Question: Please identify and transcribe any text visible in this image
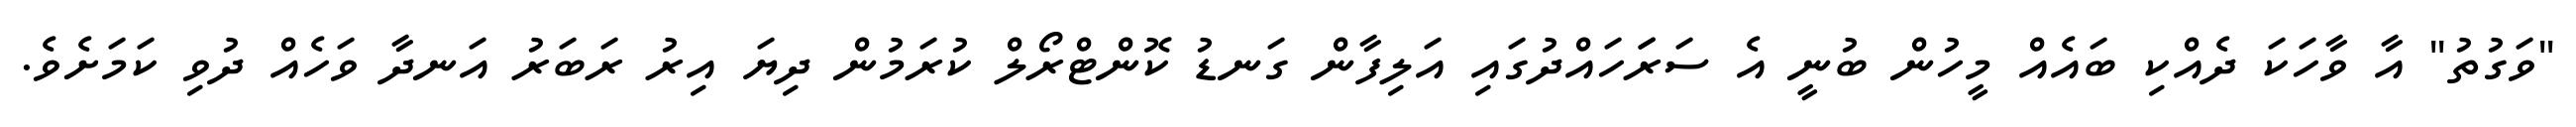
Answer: "ވަގުތު" އާ ވާހަކަ ދެއްކި ބައެއް މީހުން ބުނީ އެ ސަރަަހައްދުގައި އަލިފާން ގަނޑު ކޮންޓްރޯލް ކުރަމުން ދިޔަ އިރު ރަބަރު އަނދާ ވަހެއް ދުވި ކަމަށެވެ.